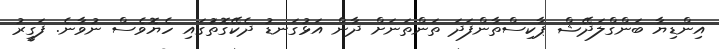
އިންޑިޔާ ބަންގްލަދޭޝް ޕާކިސްތާންފަދަ ތަންތަނަށް ދާން އަޅުގަނޑު ދެކޭގޮތަުގައި ހެޔޮވެސް ނުވާނެ. ފަގީރު